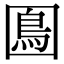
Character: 𡈙